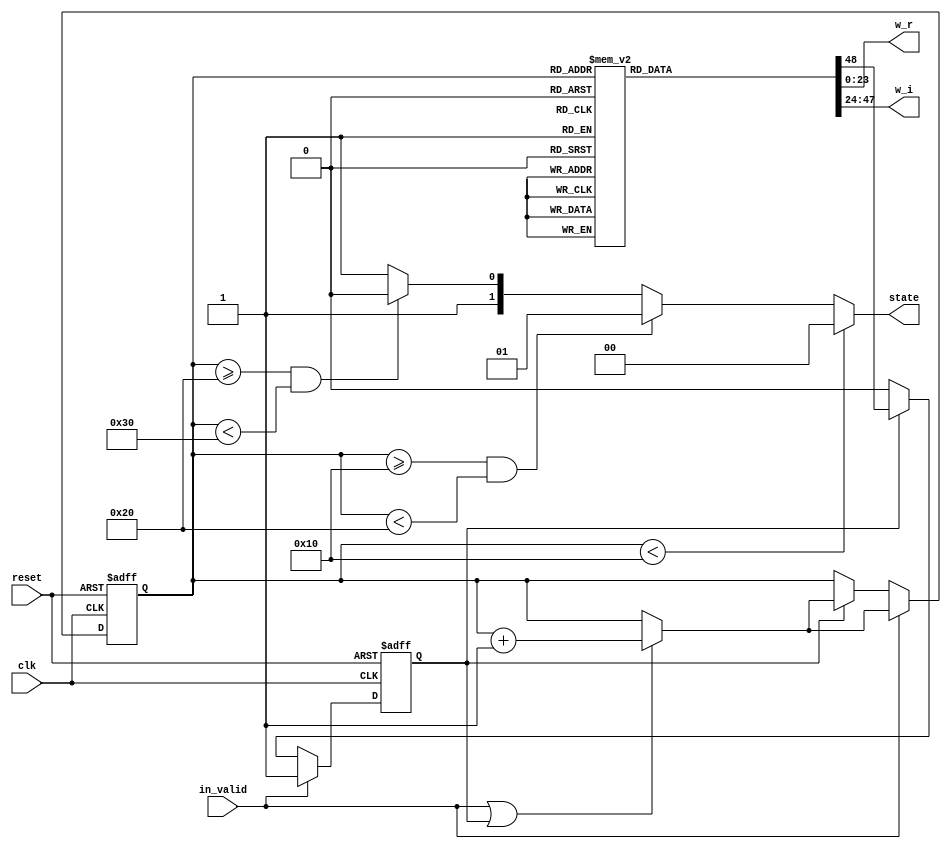
// --------------------------------------------------------------------
// >>>>>>>>>>>>>>>>>>>>>>>>> COPYRIGHT NOTICE <<<<<<<<<<<<<<<<<<<<<<<<<
// --------------------------------------------------------------------
// Github: https://github.com/abdelazeem201
// Description: ROM_16 module
// Dependencies: 
// Since: 2021-12-20 1:19:2
// ********************************************************************
// Module Function
module ROM_16(
		input wire clk,
		input wire in_valid,
		input wire reset,
		output reg [23:0] w_r,
		output reg [23:0] w_i,
		output reg[1:0] state
	);

	reg valid,next_valid;
	reg [5:0] count,next_count;

	always@(posedge clk or posedge reset)begin
		if(reset)begin
			count <= 0;
			valid <= 0;
		end
		else if(in_valid)
		begin
			count <= next_count;
			valid <= in_valid;
		end
		else if (valid)
		begin
			count <= next_count;
			valid <= next_valid;
		end
	end
	
		always @(*) begin
		if(in_valid || valid)next_count = count + 1;
		else next_count = count;
		
		if (count<6'd16) 
			state = 2'd0;
		else if (count >= 6'd16 && count < 6'd32)
			state = 2'd1;
		else if (count >= 6'd32 && count < 6'd48)
			state = 2'd2;
		else state = 2'd3;
		case(count)
		6'd32: begin
			w_r = 24'b 00000000_00000001_00000000;
			w_i = 24'b 00000000_00000000_00000000;
			next_valid = 1'b1;
			end
		6'd33: begin
			w_r = 24'b 00000000_00000000_11111011;
			w_i = 24'b 11111111_11111111_11001110;
			next_valid = 1'b1;
			end
		6'd34: begin
			w_r = 24'b 00000000_00000000_11101101;
			w_i = 24'b 11111111_11111111_10011110;
			next_valid = 1'b1;
			end
		6'd35: begin
			w_r = 24'b 00000000_00000000_11010101;
			w_i = 24'b 11111111_11111111_01110010;
			next_valid = 1'b1;
			end
		6'd36: begin
			w_r = 24'b 00000000_00000000_10110101;
			w_i = 24'b 11111111_11111111_01001011;
			next_valid = 1'b1;
			end
		6'd37: begin
			w_r = 24'b 00000000_00000000_10001110;
			w_i = 24'b 11111111_11111111_00101011;
			next_valid = 1'b1;
			end
		6'd38: begin
			w_r = 24'b 00000000_00000000_01100010;
			w_i = 24'b 11111111_11111111_00010011;
			next_valid = 1'b1;
			end
		6'd39: begin
			w_r = 24'b 00000000_00000000_00110010;
			w_i = 24'b 11111111_11111111_00000101;
			next_valid = 1'b1;
			end
		6'd40: begin
			w_r = 24'b 00000000_00000000_00000000;
			w_i = 24'b 11111111_11111111_00000000;
			next_valid = 1'b1;
			end
		6'd41: begin
			w_r = 24'b 11111111_11111111_11001110;
			w_i = 24'b 11111111_11111111_00000101;
			next_valid = 1'b1;
			end
		6'd42: begin
			w_r = 24'b 11111111_11111111_10011110;
			w_i = 24'b 11111111_11111111_00010011;
			next_valid = 1'b1;
			end
		6'd43: begin
			w_r = 24'b 11111111_11111111_01110010;
			w_i = 24'b 11111111_11111111_00101011;
			next_valid = 1'b1;
			end
		6'd44: begin
			w_r = 24'b 11111111_11111111_01001011;
			w_i = 24'b 11111111_11111111_01001011;
			next_valid = 1'b1;
			end
		6'd45: begin
			w_r = 24'b 11111111_11111111_00101011;
			w_i = 24'b 11111111_11111111_01110010;
			next_valid = 1'b1;
			end
		6'd46: begin
			w_r = 24'b 11111111_11111111_00010011;
			w_i = 24'b 11111111_11111111_10011110;
			next_valid = 1'b1;
			end
		6'd47: begin
			w_r = 24'b 11111111_11111111_00000101;
			w_i = 24'b 11111111_11111111_11001110;
			next_valid = 1'b0;
			end
		default: begin
			w_r = 24'b 00000000_00000001_00000000;
			w_i = 24'b 00000000_00000000_00000000;
			next_valid = 1'b1;
			end
		endcase
	end
endmodule